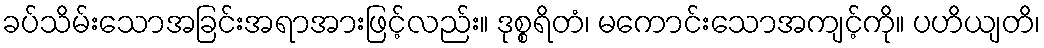
ခပ်သိမ်းသောအခြင်းအရာအားဖြင့်လည်း။ ဒုစ္စရိတံ၊ မကောင်းသောအကျင့်ကို။ ပဟိယျတိ၊